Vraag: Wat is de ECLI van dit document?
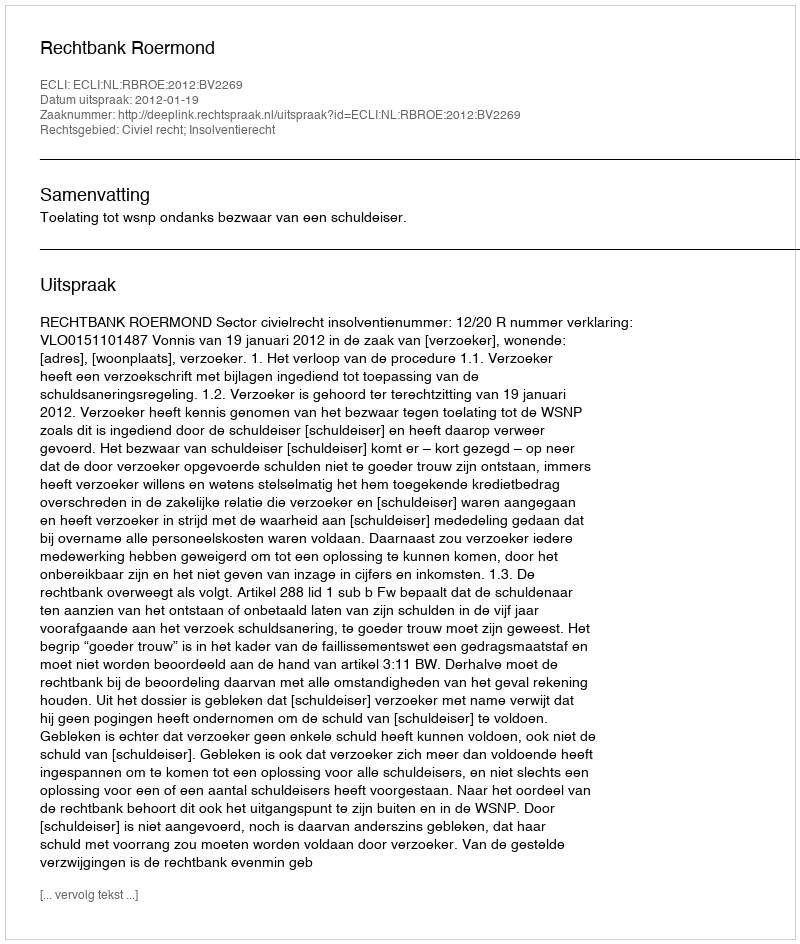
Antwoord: ECLI:NL:RBROE:2012:BV2269